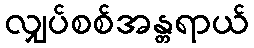
လျှပ်စစ်အန္တရာယ်